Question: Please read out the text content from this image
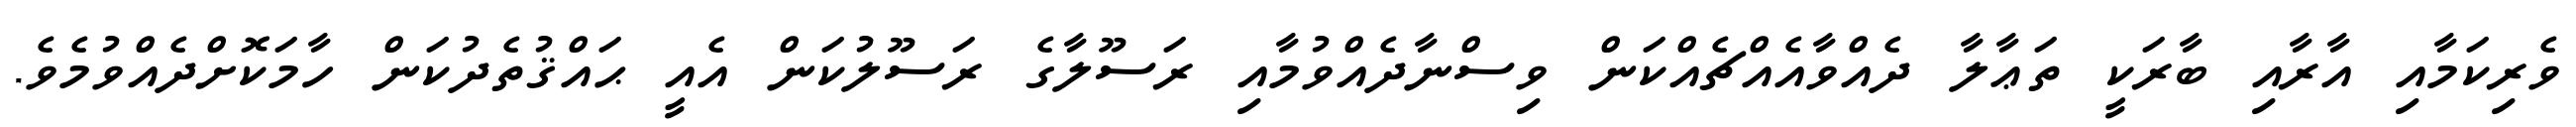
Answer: ވެރިކަމާއި އާރާއި ބާރަކީ ތަޢާލާ ދެއްވާއެއްޗެއްކަން ވިސްނާދެއްވުމާއި ރަސޫލާގެ ރަސޫލުކަން އެއީ ޙައްޤުތެދުކަން ހާމަކޮށްދެއްވުމެވެ.